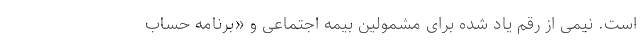
است. نیمی از رقم یاد شده برای مشمولین بیمه اجتماعی و «برنامه حساب